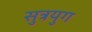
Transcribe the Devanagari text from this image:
सुत्रयुग